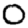
Digit: 0